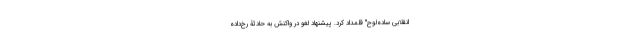
انقلابی ساده‌لوح" قلمداد کرد. پیشنهاد لغو در واکنش به حادثۀ رخ‌داده